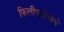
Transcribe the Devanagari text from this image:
फिलीपाईन्सचे